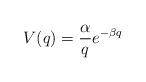
LaTeX: \begin{align*} V(q)=\frac{\alpha}{q} e^{-\beta q}\end{align*}